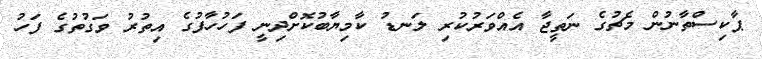
ޕާކިސްތާނުން މެޗުގެ ނަތީޖާ އެއްވަރުކުރި ލަނޑު ކާމިޔާބުކޮށްދިނީ ފަހުހާފުގެ އިތުރު ވަގުތުގެ ފަހު